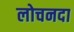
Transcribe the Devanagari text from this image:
लोचनदा